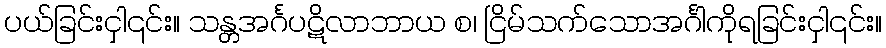
ပယ်ခြင်းငှါ၎င်း။ သန္တအင်္ဂပဋိလာဘာယ စ၊ ငြိမ်သက်သောအင်္ဂါကိုရခြင်းငှါ၎င်း။